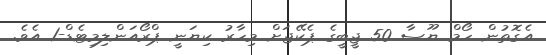
އެގޮތުން ހޯމް ޔޫސާ 50 ޖީބީގެ ޕެކޭޖަށް މިހާރު ކިޔަނީ ޕްރޯއަންލިމިޓެޑް-1 އެވެ.